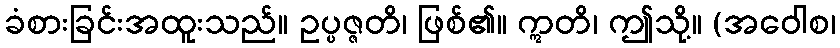
ခံစားခြင်းအထူးသည်။ ဥပ္ပဇ္ဇတိ၊ ဖြစ်၏။ ဣတိ၊ ဤသို့။ (အဝေါစ၊